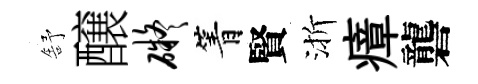
舒醸碍箐賢渐瘴礱